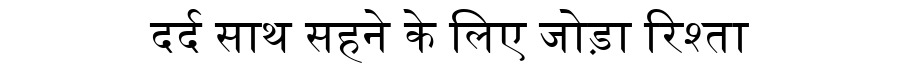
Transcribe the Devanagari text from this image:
दर्द साथ सहने के लिए जोड़ा रिश्ता